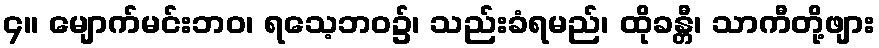
၄။ မျောက်မင်းဘဝ၊ ရသေ့ဘဝ၌၊ သည်းခံရမည်၊ ထိုခန္တီ၊ သာကီတို့ဖျား